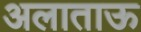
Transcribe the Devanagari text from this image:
अलाताऊ